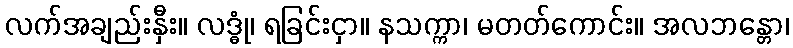
လက်အချည်းနှီး။ လဒ္ဓုံ၊ ရခြင်းငှာ။ နသက္ကာ၊ မတတ်ကောင်း။ အလဘန္တော၊